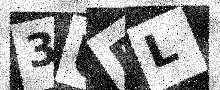
Text: 3UBL